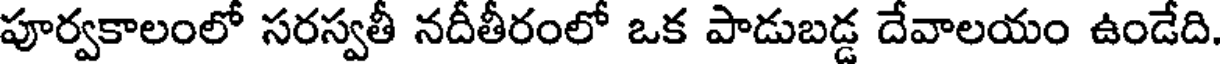
పూర్వకాలంలో సరస్వతీ నదీతీరంలో ఒక పాడుబడ్డ దేవాలయం ఉండేది